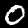
Digit: 0